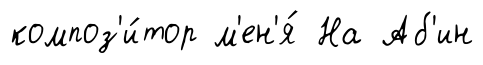
композ'и́тор м'ен'я́ На Аб'ин